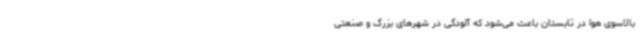
بالاسوی هوا در تابستان باعث می‌شود که آلودگی در شهرهای بزرگ و صنعتی